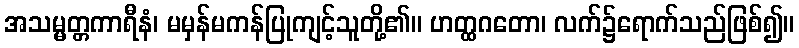
အသမ္မတ္တကာရီနံ၊ မမှန်မကန်ပြုကျင့်သူတို့၏။ ဟတ္ထဂတော၊ လက်၌ရောက်သည်ဖြစ်၍။